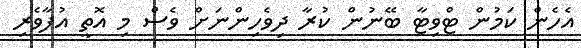
އެހެން ކަމުން ޓްވިޓާ ބޭނުން ކުރާ ދިވެހިންނަށް ވެސް މި އޮތީ އުފާވެރި